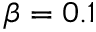
\beta = 0 . 1